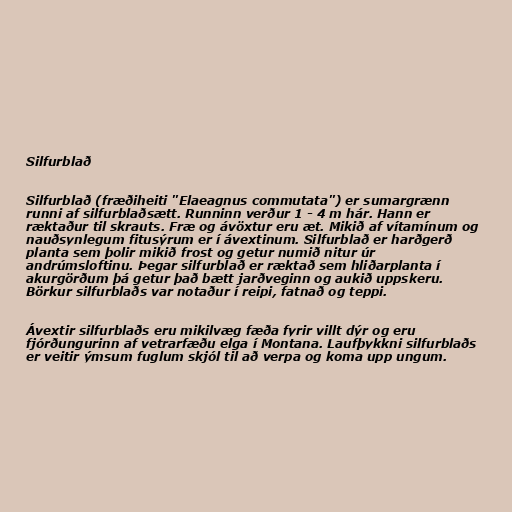
Silfurblað

Silfurblað (fræðiheiti "Elaeagnus commutata") er sumargrænn
runni af silfurblaðsætt. Runninn verður 1 - 4 m hár. Hann er
ræktaður til skrauts. Fræ og ávöxtur eru æt. Mikið af vítamínum og
nauðsynlegum fitusýrum er í ávextinum. Silfurblað er harðgerð
planta sem þolir mikið frost og getur numið nitur úr
andrúmsloftinu. Þegar silfurblað er ræktað sem hliðarplanta í
akurgörðum þá getur það bætt jarðveginn og aukið uppskeru.
Börkur silfurblaðs var notaður í reipi, fatnað og teppi.

Ávextir silfurblaðs eru mikilvæg fæða fyrir villt dýr og eru
fjórðungurinn af vetrarfæðu elga í Montana. Laufþykkni silfurblaðs
er veitir ýmsum fuglum skjól til að verpa og koma upp ungum.